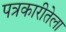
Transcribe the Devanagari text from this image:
पत्रकारीतेला